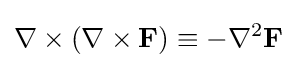
\nabla \times (\nabla \times \mathbf {F} )\equiv -\nabla ^{2}\mathbf {F}